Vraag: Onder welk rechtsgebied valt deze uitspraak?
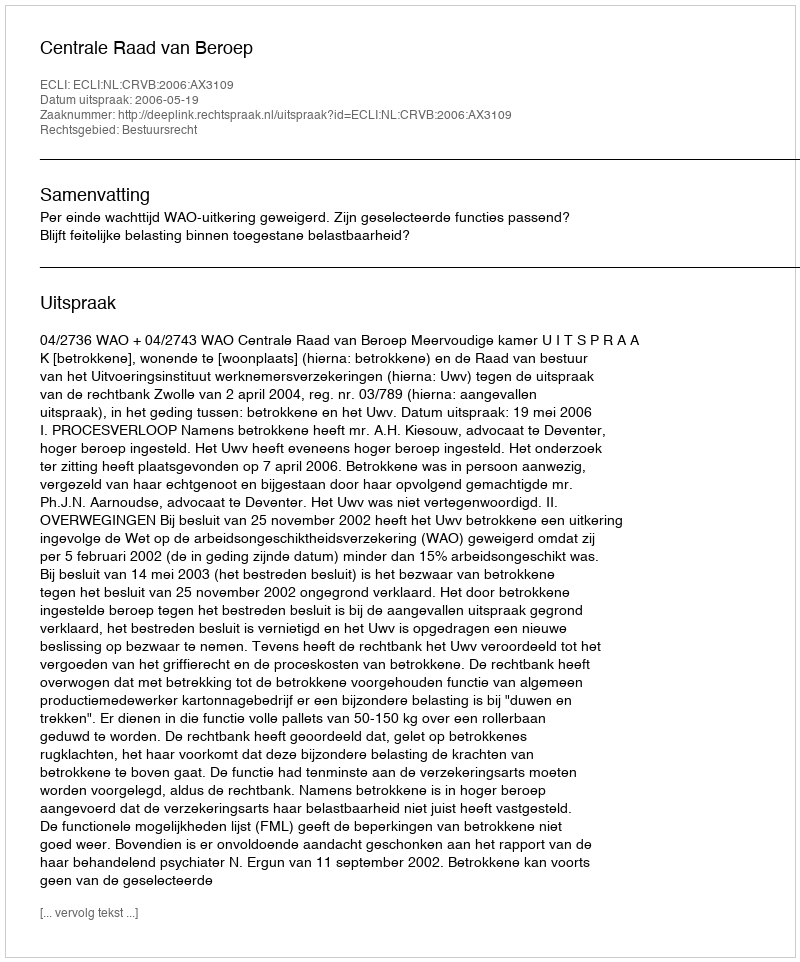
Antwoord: Bestuursrecht